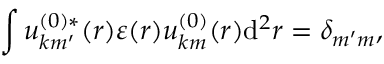
\int u _ { \boldsymbol { k } m ^ { \prime } } ^ { ( 0 ) * } ( \boldsymbol { r } ) \varepsilon ( \boldsymbol { r } ) u _ { \boldsymbol { k } m } ^ { ( 0 ) } ( \boldsymbol { r } ) \mathrm { d } ^ { 2 } \boldsymbol { r } = \delta _ { m ^ { \prime } m } ,